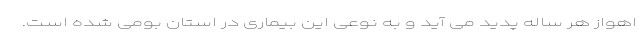
اهواز هر ساله پدید می آید و به نوعی این بیماری در استان بومی شده است.